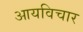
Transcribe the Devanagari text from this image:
आयविचार